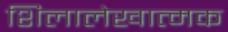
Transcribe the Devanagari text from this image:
शिलालेखात्‍मक